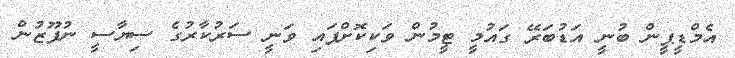
އެމްޑީޕީން ބުނީ އަޑުބަރޭ ގައުމީ ޓީމުން ވަކިކޮށްފައި ވަނީ ސަރުކާރުގެ ސިޔާސީ ނުފޫޒުން